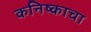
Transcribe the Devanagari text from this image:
कनिष्काचा